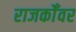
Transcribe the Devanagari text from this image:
राजकोँवर